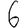
Digit: 6